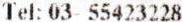
TEL: 03- 55423228